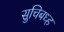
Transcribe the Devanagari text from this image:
सुचिबध्ह